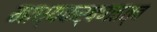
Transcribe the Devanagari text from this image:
माध्यकर्षणतत्व